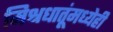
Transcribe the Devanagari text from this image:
मिश्रधातूंमध्येही